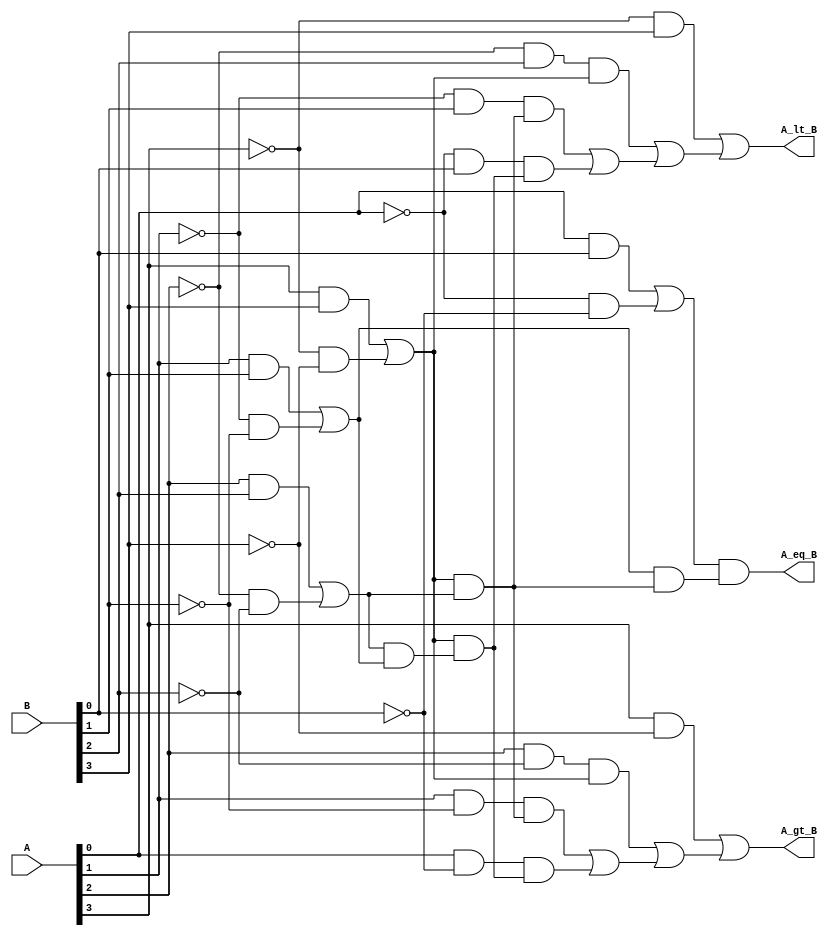
module comparator_4bits(A, B, A_lt_B, A_gt_B, A_eq_B);
 input[4-1:0] A;
 input[4-1:0] B;
 output A_lt_B, A_gt_B, A_eq_B;
 wire not_A0, not_A1, not_A2, not_A3;
 wire not_B0, not_B1, not_B2, not_B3;
 wire eq0_0, eq0_1, eq1_0, eq1_1, eq2_0, eq2_1, eq3_0, eq3_1;
 wire eq0, eq1, eq2, eq3;
 wire Ag0, Ag1, Ag2, Ag3;
 wire Bg0, Bg1, Bg2, Bg3;
 
 // not gates
 not(not_A0, A[0]);
 not(not_A1, A[1]);
 not(not_A2, A[2]);
 not(not_A3, A[3]);
 not(not_B0, B[0]);
 not(not_B1, B[1]);
 not(not_B2, B[2]);
 not(not_B3, B[3]);

 // compare A[0] and B[0]
 and(eq0_0, A[0], B[0]);
 and(eq0_1, not_A0,  not_B0);
 and(Ag0, A[0], not_B0);
 and(Bg0, not_A0, B[0]);
 
 // compare A[1] and B[1]
 and(eq1_0, A[1], B[1]);
 and(eq1_1, not_A1,  not_B1);
 and(Ag1, A[1], not_B1);
 and(Bg1, not_A1, B[1]);
 
 // compare A[2] and B[2]
 and(eq2_0, A[2], B[2]);
 and(eq2_1, not_A2,  not_B2);
 and(Ag2, A[2], not_B2);
 and(Bg2, not_A2, B[2]);
 
 // compare A[3] and B[3]
 and(eq3_0, A[3], B[3]);
 and(eq3_1, not_A3,  not_B3);
 and(Ag3, A[3], not_B3);
 and(Bg3, not_A3, B[3]);
 
 // assign  wire eq0, eq1, eq2, eq3
 or(eq0, eq0_0, eq0_1);
 or(eq1, eq1_0, eq1_1);
 or(eq2, eq2_0, eq2_1);
 or(eq3, eq3_0, eq3_1);
 
 // A_lt_B = (Bg3 | (Bg2 & eq3) | (Bg1 & eq3 & eq2) |(Bg0 & eq3 & eq2 & eq1))
 wire cond_ALTB_0, cond_ALTB_1, cond_ALTB_2;
 wire tmp_0, tmp_1, tmp_2, tmp_3, tmp_4;
 // for (Bg2 & eq3)
 and(cond_ALTB_0, Bg2, eq3);
 // for (Bg1 & eq3 & eq2)
 and(tmp_0, eq3, eq2);
 and(cond_ALTB_1, Bg1, tmp_0);
 // for (Bg0 & eq3 & eq2 & eq1)
 and(tmp_1, eq2, eq1);
 and(tmp_2, eq3, tmp_1);
 and(cond_ALTB_2, Bg0, tmp_2);
 // for Bg3 | (Bg2 & eq3) | (Bg1 & eq3 & eq2) |(Bg0 & eq3 & eq2 & eq1)
 or(tmp_3, cond_ALTB_1, cond_ALTB_2);
 or(tmp_4, cond_ALTB_0, tmp_3);
 or(A_lt_B, Bg3, tmp_4);
 
  // A_gt_B = (Ag3 | (Ag2 & eq3) | (Ag1 & eq3 & eq2) |(Ag0 & eq3 & eq2 & eq1))
 wire cond_AGTB_0, cond_AGTB_1, cond_AGTB_2;
 wire tmp_5, tmp_6, tmp_7, tmp_8, tmp_9;
 // for (Ag2 & eq3)
 and(cond_AGTB_0, Ag2, eq3);
 // for (Ag1 & eq3 & eq2)
 and(tmp_5, eq3, eq2);
 and(cond_AGTB_1, Ag1, tmp_5);
 // for (Ag0 & eq3 & eq2 & eq1)
 and(tmp_6, eq2, eq1);
 and(tmp_7, eq3, tmp_6);
 and(cond_AGTB_2, Ag0, tmp_7);
 // for Ag3 | (Ag2 & eq3) | (Ag1 & eq3 & eq2) |(Ag0 & eq3 & eq2 & eq1)
 or(tmp_8, cond_AGTB_1, cond_AGTB_2);
 or(tmp_9, cond_AGTB_0, tmp_8);
 or(A_gt_B, Ag3, tmp_9);
 
 // A_eq_B = (eq0 & eq1 & eq2 & eq3)
 wire tmp_10, tmp_11, tmp_12;
 and(tmp_10, eq2, eq3);
 and(tmp_11, eq1, tmp_10);
 and(A_eq_B, eq0, tmp_11);

endmodule